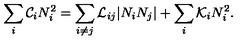
\sum _ { i } { \cal C } _ { i } N _ { i } ^ { 2 } = \sum _ { i \neq j } { \cal L } _ { i j } | N _ { i } N _ { j } | + \sum _ { i } { \cal K } _ { i } N _ { i } ^ { 2 } .